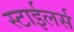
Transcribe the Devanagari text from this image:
स्टाईलर्स